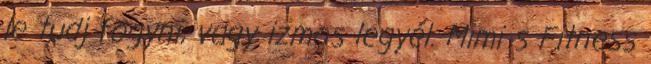
le tudj fogyni, vagy izmos legyél. Mimi s Fitness